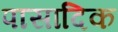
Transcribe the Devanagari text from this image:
पासादिक